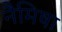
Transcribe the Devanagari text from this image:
नैमिषा